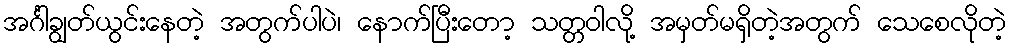
အင်္ဂါချွတ်ယွင်းနေတဲ့ အတွက်ပါပဲ၊ နောက်ပြီးတော့ သတ္တဝါလို့ အမှတ်မရှိတဲ့အတွက် သေစေလိုတဲ့